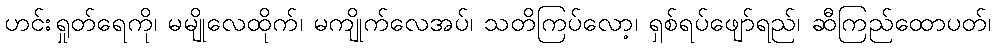
ဟင်းရှုတ်ရေကို၊ မမျိုလေထိုက်၊ မကျိုက်လေအပ်၊ သတိကြပ်လော့၊ ရှစ်ရပ်ဖျော်ရည်၊ ဆီကြည်ထောပတ်၊